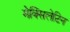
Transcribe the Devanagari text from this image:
मेक्सिलेटिन